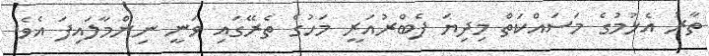
ތާރު އެޅުމުގެ މަސައްކަތް މިދިޔަ ފެބްރުއަރީ މަހުގެ ތެރޭގައި ވަނީ ނިންމާލައިފަ އެވެ.